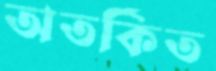
অতর্কিত